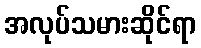
အလုပ်သမားဆိုင်ရာ